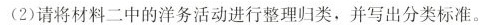
(2)请将材料二中的洋务活动进行整理归类，并写出分类标准。